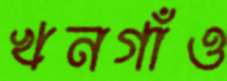
খনগাঁও